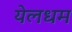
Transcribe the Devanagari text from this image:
येलधम